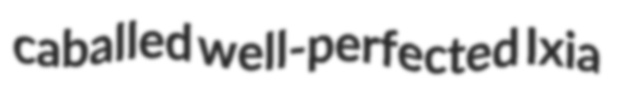
caballed well-perfected Ixia